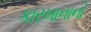
કારખાનાનો